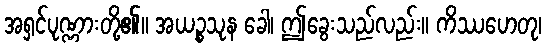
အရှင်ပုဏ္ဏားတို့၏။ အယဉ္စသုန ခေါ၊ ဤခွေးသည်လည်း။ ကိဿဟေတု၊